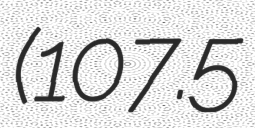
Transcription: (107.5